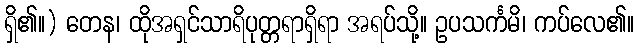
ရှိ၏။) တေန၊ ထိုအရှင်သာရိပုတ္တရာရှိရာ အရပ်သို့။ ဥပသင်္ကမိ၊ ကပ်လေ၏။